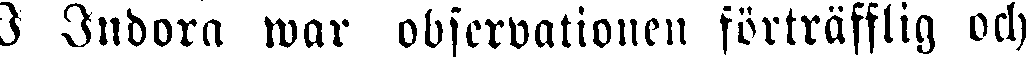
I Indora war observationen förträfflig och